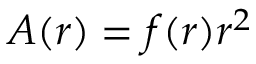
A ( r ) = f ( r ) r ^ { 2 }